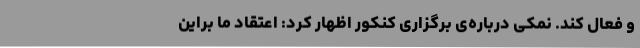
و فعال کند. نمکی درباره‌ی برگزاری کنکور اظهار کرد: اعتقاد ما براین